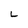
Character: L